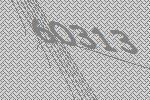
60313